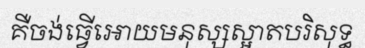
គឺចង់ធ្វើអោយមនុស្សស្អាតបរិសុទ្ធ